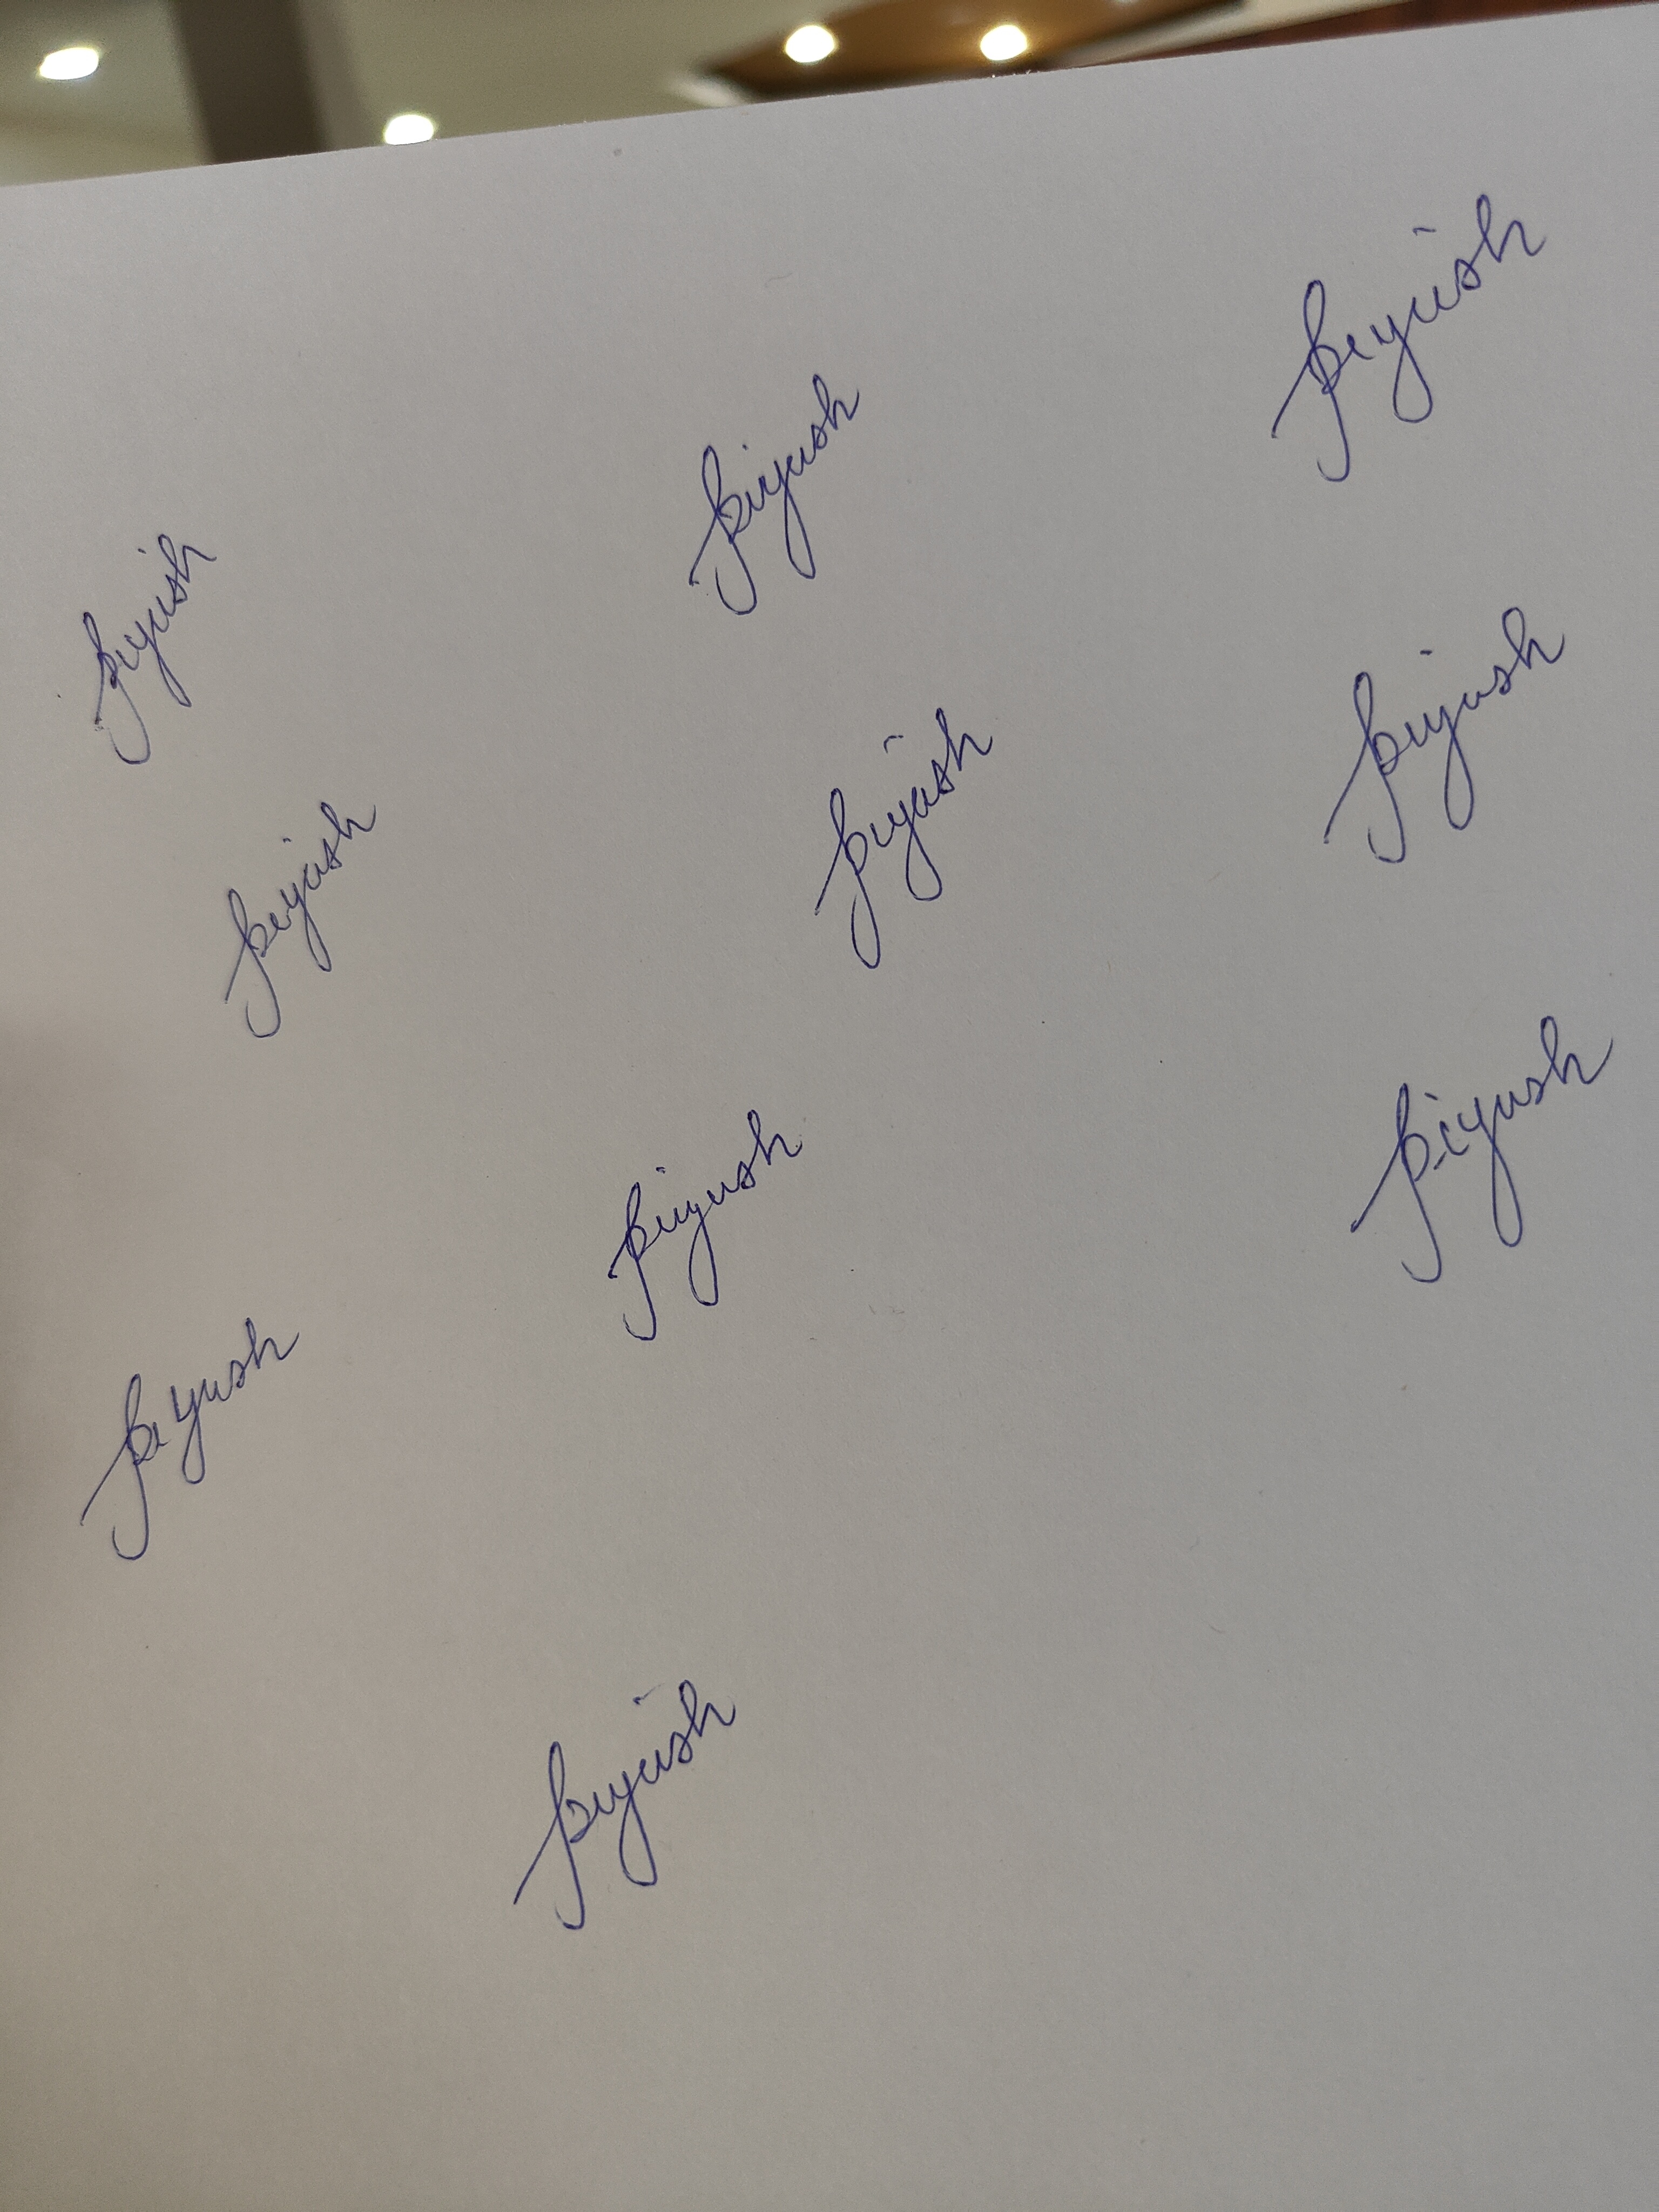
Signature authenticity: genuine